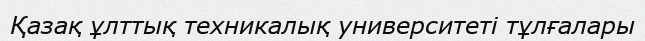
Қазақ ұлттық техникалық университеті тұлғалары